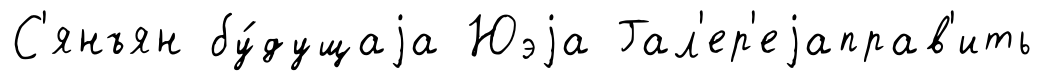
С'янъян бу́дущаjа Юэjа Гал'ер'еjаправ'ить